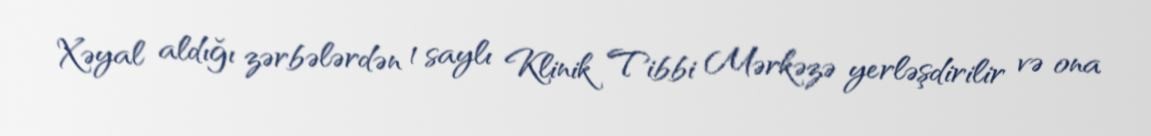
Xəyal aldığı zərbələrdən 1 saylı Klinik Tibbi Mərkəzə yerləşdirilir və ona